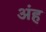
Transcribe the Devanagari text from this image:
अंह